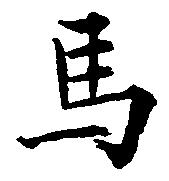
馬